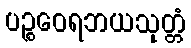
ပဉ္စဝေရဘယသုတ္တံ